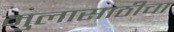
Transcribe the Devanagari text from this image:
मुलासाठीचा